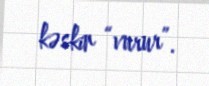
kəskin “vurur”.